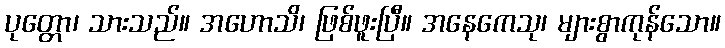
ပုတ္တော၊ သားသည်။ အဟောသိ၊ ဖြစ်ဖူးပြီ။ အနေကေသု၊ များစွာကုန်သော။